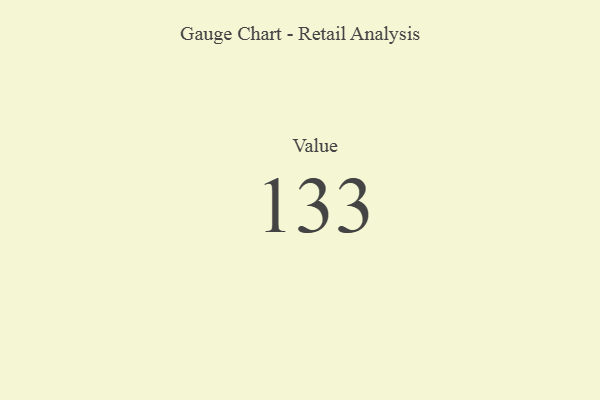
{"axis": {"x": "Metric", "y": "Value"}, "legend": [""], "data": [{"x": "Value", "y": 133, "type": ""}]}